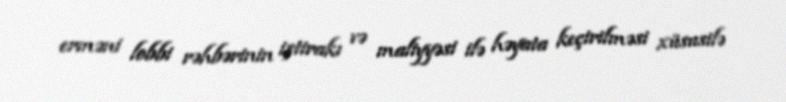
erməni lobbi rəhbərinin iştirakı və maliyyəsi ilə həyata keçirilməsi xüsusilə